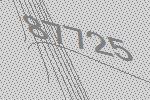
87725